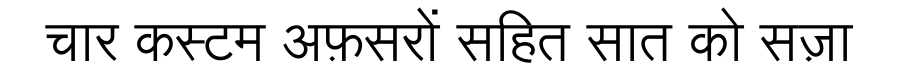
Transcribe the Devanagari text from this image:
चार कस्टम अफ़सरों सहित सात को सज़ा